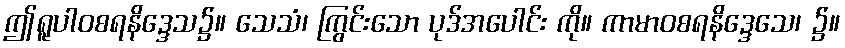
ဤရူပါဝစရနိဒ္ဒေသ၌။ သေသံ၊ ကြွင်းသော ပုဒ်အပေါင်း ကို။ ကာမာဝစရနိဒ္ဒေသေ၊ ၌။